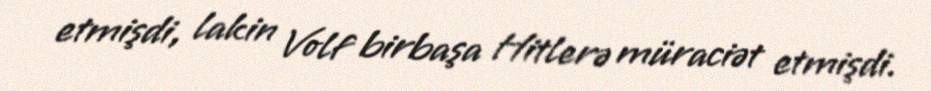
etmişdi, lakin Volf birbaşa Hitlerə müraciət etmişdi.